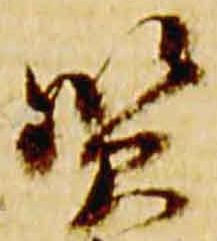
賢